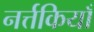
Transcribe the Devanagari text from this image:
नर्त्तकियाँ